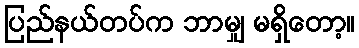
ပြည်နယ်တပ်က ဘာမျှ မရှိတော့။